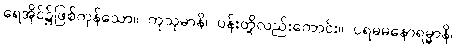
ရေအိုင်၌ဖြစ်ကုန်သော။ ကုသုမာနိ၊ ပန်းတို့လည်းကောင်း။ ပရမမနောရမ္မာနိ၊